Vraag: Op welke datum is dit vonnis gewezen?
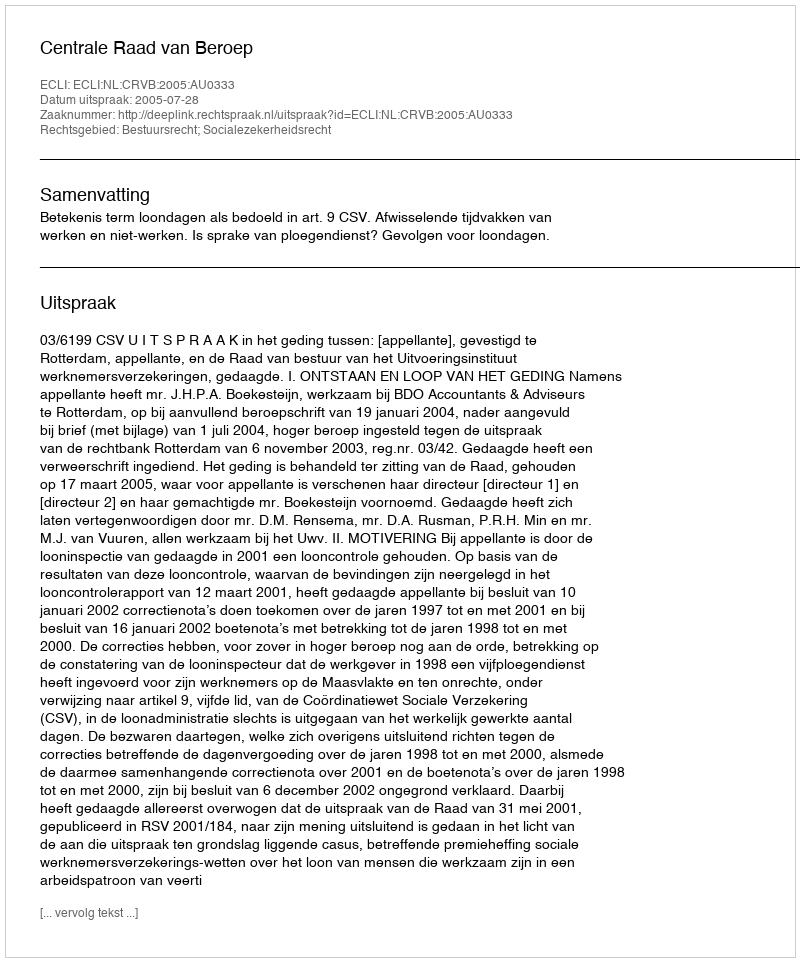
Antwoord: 2005-07-28